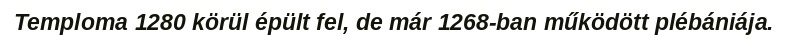
Temploma 1280 körül épült fel, de már 1268-ban működött plébániája.